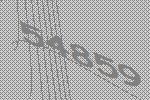
54859